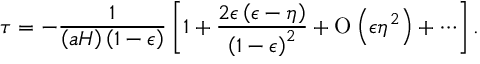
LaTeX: \tau = - { \frac { 1 } { \left( a H \right) \left( 1 - \epsilon \right) } } \left[ 1 + { \frac { 2 \epsilon \left( \epsilon - \eta \right) } { \left( 1 - \epsilon \right) ^ { 2 } } } + \mathrm { O } \left( \epsilon \eta ^ { 2 } \right) + \cdots \right] .